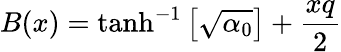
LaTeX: B(x)=\operatorname{tanh}^{-1}\left[\sqrt{\alpha_{0}}\right]+{\frac{xq}{2}}